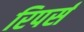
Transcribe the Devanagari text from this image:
रिपर्स